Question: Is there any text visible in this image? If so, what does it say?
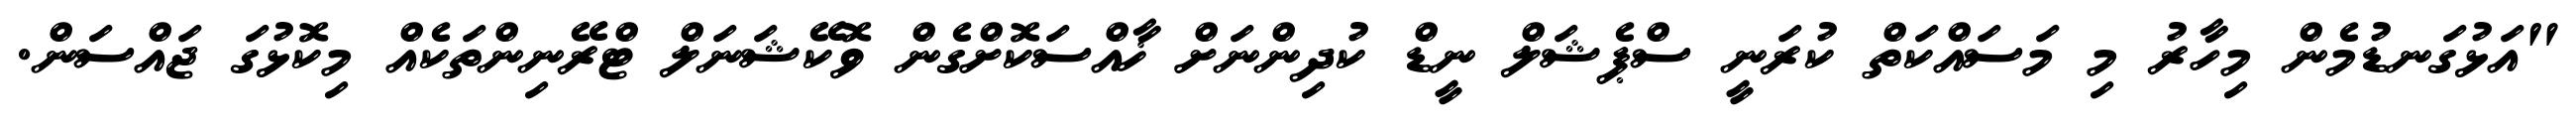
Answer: "އަޅުގަނޑުމެން މިހާރު މި މަސައްކަތް ކުރަނީ ސްޕެޝަލް ނީޑް ކުދިންނަށް ޚާއްސަކޮށްގެން ވޮކޭޝަނަލް ޓްރޭނިންތަކެއް މިކޮޅުގަ ޖައްސަން.